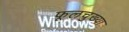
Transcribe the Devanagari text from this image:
फूलचुख्या